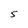
Character: 5